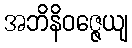
အဘိနိဝဇ္ဇေယျ